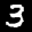
Label: 3